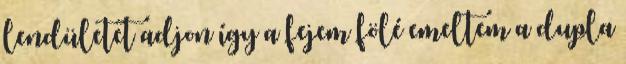
lendületet adjon így a fejem fölé emeltem a dupla